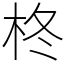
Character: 柊